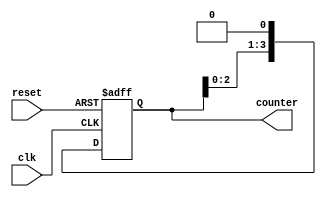
module ring_counter (
    input wire clk,
    input wire reset,
    output reg [3:0] counter
);

always @(posedge clk or posedge reset) begin
    if (reset) begin
        counter <= 0;
    end else begin
        counter <= counter << 1;
    end
end

endmodule